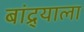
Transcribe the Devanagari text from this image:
बांद्र्याला